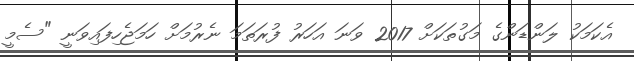
އެކަމަކު ލަންޑަންގެ މަގުތަކަށް 2017 ވަނަ އަހަރު ފުރަތަމަ ނެރުމަށް ހަމަޖެހިފައިވަނީ "ސެމީ